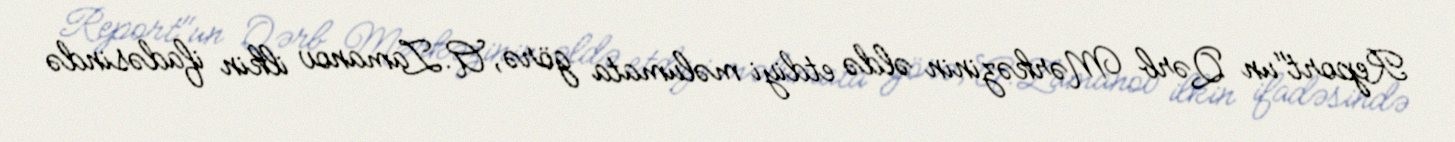
Report"un Qərb Mərkəzinin əldə etdiyi məlumata görə, A.Zamanov ilkin ifadəsində